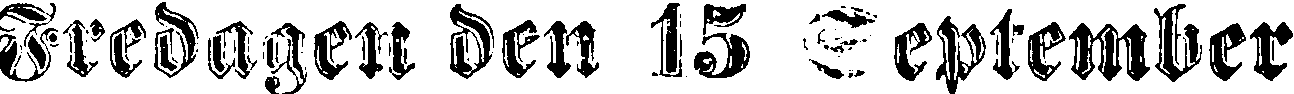
Fredagen den 15 September